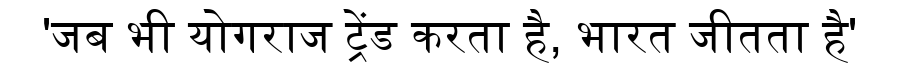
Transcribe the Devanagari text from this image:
'जब भी योगराज ट्रेंड करता है, भारत जीतता है'